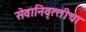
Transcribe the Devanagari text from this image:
सेवानिवृत्‍तीचा